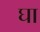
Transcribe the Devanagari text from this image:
घा